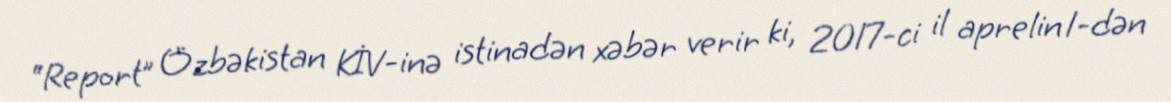
“Report” Özbəkistan KİV-inə istinadən xəbər verir ki, 2017-ci il aprelin 1-dən